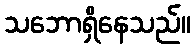
သဘောရှိနေသည်။